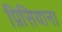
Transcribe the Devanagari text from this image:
प्रिसियाना